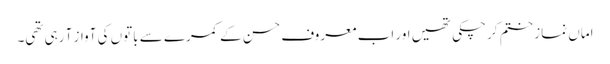
اماں نماز ختم کر چکی تھیں اور اب معروف حسن کے کمرے سے باتوں کی آواز آ رہی تھی۔